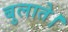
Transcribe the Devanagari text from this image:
बुलाते।